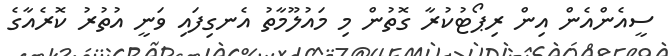
ސީއެންއެން އިން ރިޕޯޓުކުރާ ގޮތުން މި މައުލޫމާތު އެނގިފައި ވަނީ އުތުރު ކޮރެއާގެ